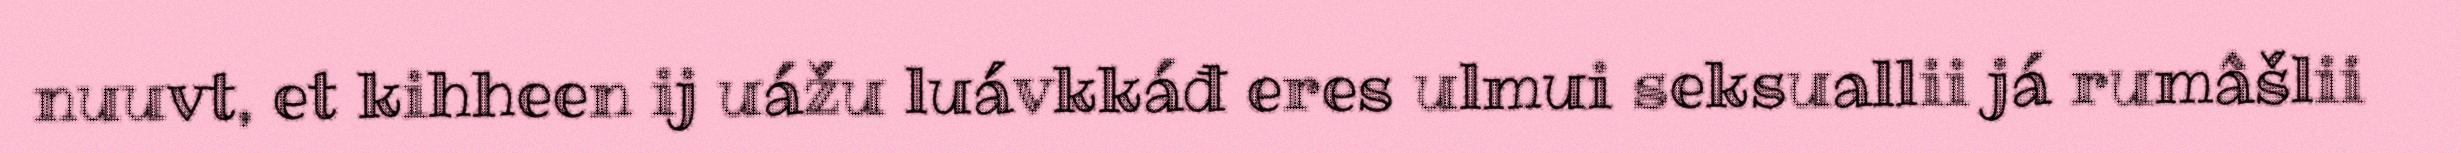
nuuvt, et kihheen ij uážu luávkkáđ eres ulmui seksuallii já rumâšlii